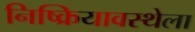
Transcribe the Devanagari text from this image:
निष्क्रियावस्थेला